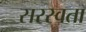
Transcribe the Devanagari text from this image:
सरस्वता